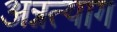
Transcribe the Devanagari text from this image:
अन्नत्याग